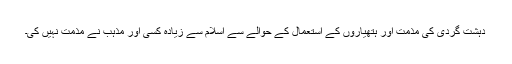
دہشت گردی کی مذمت اور ہتھیاروں کے استعمال کے حوالے سے اسلام سے زیادہ کسی اور مذہب نے مذمت نہیں کی۔